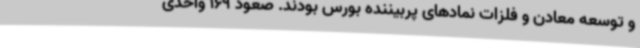
و توسعه معادن و فلزات نمادهای پربیننده بورس بودند. صعود 169 واحدی